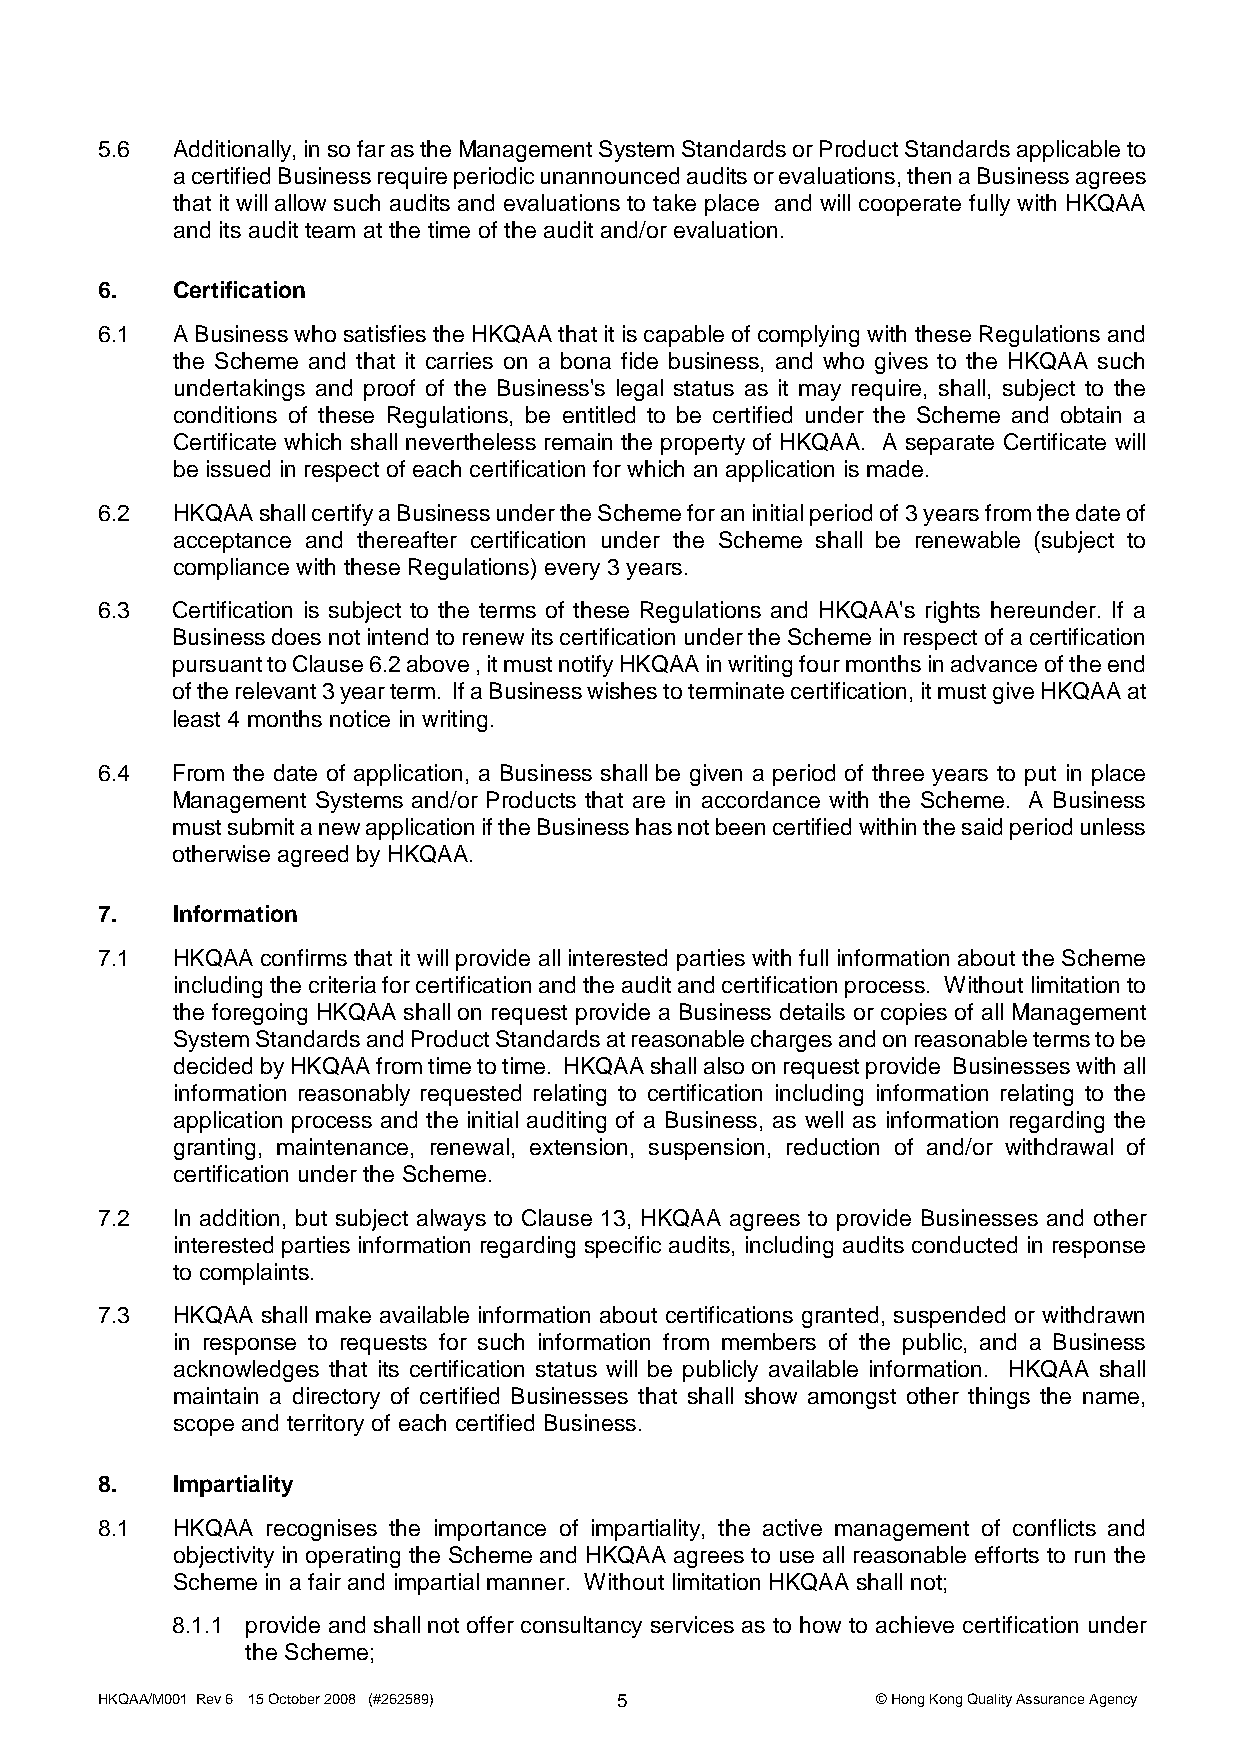
5.6 Additionally, in so far as the Management System Standards or Product Standards applicable to
 a certified Business require periodic unannounced audits or evaluations, then a Business agrees
 that it will allow such audits and evaluations to take place and will cooperate fully with HKQAA
 and its audit team at the time of the audit and/or evaluation.
 6. Certification
 6.1 A Business who satisfies the HKQAA that it is capable of complying with these Regulations and
 the Scheme and that it carries on a bona fide business, and who gives to the HKQAA such
 undertakings and proof of the Business's legal status as it may require, shall, subject to the
 conditions of these Regulations, be entitled to be certified under the Scheme and obtain a
 Certificate which shall nevertheless remain the property of HKQAA. A separate Certificate will
 be issued in respect of each certification for which an application is made.
 6.2 HKQAA shall certify a Business under the Scheme for an initial period of 3 years from the date of
 acceptance and thereafter certification under the Scheme shall be renewable (subject to
 compliance with these Regulations) every 3 years.
 6.3 Certification is subject to the terms of these Regulations and HKQAA's rights hereunder. If a
 Business does not intend to renew its certification under the Scheme in respect of a certification
 pursuant to Clause 6.2 above , it must notify HKQAA in writing four months in advance of the end
 of the relevant 3 year term. If a Business wishes to terminate certification, it must give HKQAA at
 least 4 months notice in writing.
 6.4 From the date of application, a Business shall be given a period of three years to put in place
 Management Systems and/or Products that are in accordance with the Scheme. A Business
 must submit a new application if the Business has not been certified within the said period unless
 otherwise agreed by HKQAA.
 7. Information
 7.1 HKQAA confirms that it will provide all interested parties with full information about the Scheme
 including the criteria for certification and the audit and certification process. Without limitation to
 the foregoing HKQAA shall on request provide a Business details or copies of all Management
 System Standards and Product Standards at reasonable charges and on reasonable terms to be
 decided by HKQAA from time to time. HKQAA shall also on request provide Businesses with all
 information reasonably requested relating to certification including information relating to the
 application process and the initial auditing of a Business, as well as information regarding the
 granting, maintenance, renewal, extension, suspension, reduction of and/or withdrawal of
 certification under the Scheme.
 7.2 In addition, but subject always to Clause 13, HKQAA agrees to provide Businesses and other
 interested parties information regarding specific audits, including audits conducted in response
 to complaints.
 7.3 HKQAA shall make available information about certifications granted, suspended or withdrawn
 in response to requests for such information from members of the public, and a Business
 acknowledges that its certification status will be publicly available information. HKQAA shall
 maintain a directory of certified Businesses that shall show amongst other things the name,
 scope and territory of each certified Business.
 8. Impartiality
 8.1 HKQAA recognises the importance of impartiality, the active management of conflicts and
 objectivity in operating the Scheme and HKQAA agrees to use all reasonable efforts to run the
 Scheme in a fair and impartial manner. Without limitation HKQAA shall not;
 8.1.1 provide and shall not offer consultancy services as to how to achieve certification under
 the Scheme;
 HKQAA/M001 Rev 6 15 October 2008 (#262589) 5        © Hong Kong Quality Assurance Agency